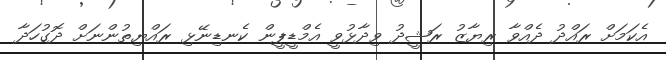
އެކަމަށް ރައްދު ދެއްވާ ރިޔާޒު ރަޝީދު ވިދާޅުވީ އެމްޑީޕީން ކެނޑިނޭޅި ރައްޔިތުންނަށް ދޮގުހަދާ